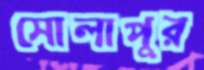
সোলাপুর